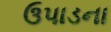
ઉપાડના